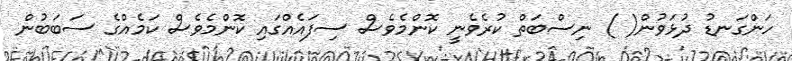
ހަންގަނޑު ދުޅަވުން( ) ނިސްބަތް ކުރެވެނީ ކޮންމެވެސް ސިފައެއްގައި ކޮންމެވެސް ކަމެއްގެ ސަބަބުން